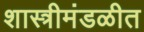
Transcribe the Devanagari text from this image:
शास्त्रीमंडळीत